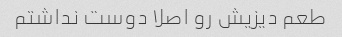
طعم دیزیش رو اصلا دوست نداشتم